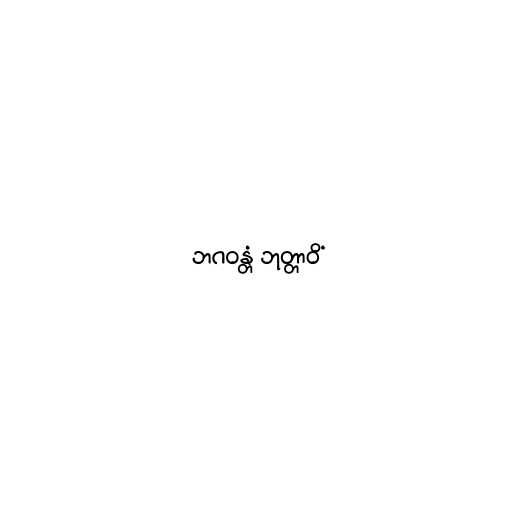
ဘဂဝန္တံ ဘုတ္တာဝိံ